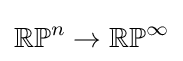
\mathbb {RP} ^{n}\to \mathbb {RP} ^{\infty }